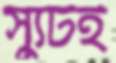
স্যুটই